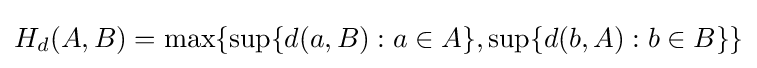
H_{d}(A,B)=\max\{\sup\{d(a,B):a\in A\},\sup\{d(b,A):b\in B\}\}